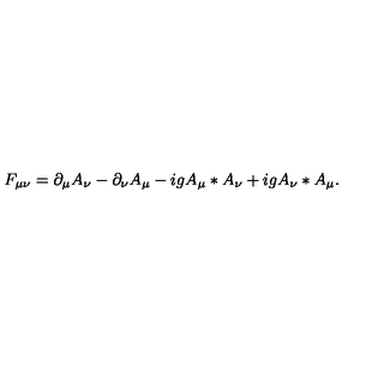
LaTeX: F _ { \mu \nu } = \partial _ { \mu } A _ { \nu } - \partial _ { \nu } A _ { \mu } - i g A _ { \mu } \ast A _ { \nu } + i g A _ { \nu } \ast A _ { \mu } .